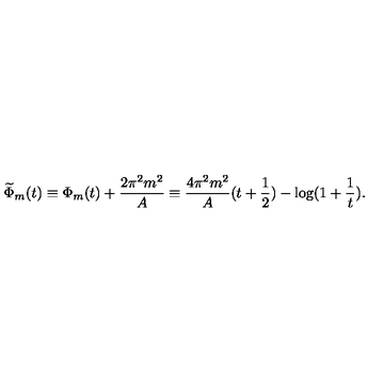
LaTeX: \widetilde { \Phi } _ { m } ( t ) \equiv \Phi _ { m } ( t ) + \frac { 2 \pi ^ { 2 } m ^ { 2 } } { A } \equiv \frac { 4 \pi ^ { 2 } m ^ { 2 } } { A } ( t + \frac { 1 } { 2 } ) - \log ( 1 + \frac { 1 } { t } ) .